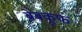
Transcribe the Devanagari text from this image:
बेबकूफ